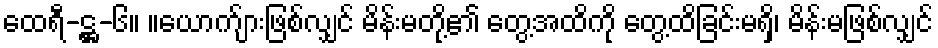
ထေရီ-ဋ္ဌ-၆။ ။ယောက်ျားဖြစ်လျှင် မိန်းမတို့၏ တွေ့အထိကို တွေ့ထိခြင်းမရှိ၊ မိန်းမဖြစ်လျှင်